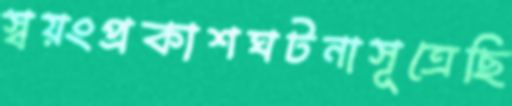
স্বয়ংপ্রকাশঘটনাসূত্রেছি